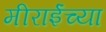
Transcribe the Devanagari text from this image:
मीराईंच्या